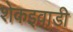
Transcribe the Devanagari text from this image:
शेकइवाडी